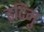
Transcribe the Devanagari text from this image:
हदिमु